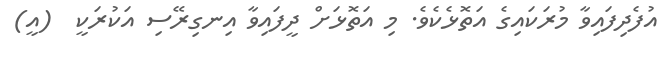
އުފެދިފައިވާ މުރަކައިގެ އަތޮޅެކެވެ. މި އަތޮޅަށް ދީފައިވާ އިނގިރޭސި އަކުރަކީ  (އީ)